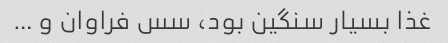
غذا بسیار سنگین بود، ‌سس فراوان و …